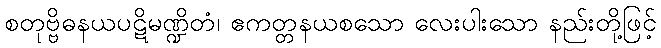
စတုဗ္ဗိဓနယပဋိမဏ္ဍိတံ၊ ဧကတ္တနယစသော လေးပါးသော နည်းတို့ဖြင့်